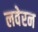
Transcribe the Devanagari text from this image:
लवेरन